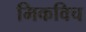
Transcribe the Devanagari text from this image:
मिकविच